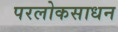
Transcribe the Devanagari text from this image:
परलोकसाधन